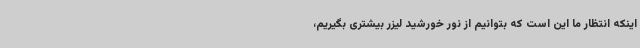
اینکه انتظار ما این است که بتوانیم از نور خورشید لیزر بیشتری بگیریم،